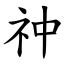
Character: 祌